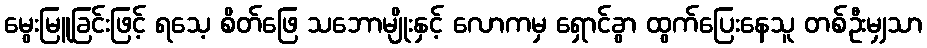
မွေးမြူခြင်းဖြင့် ရသေ့ စိတ်ဖြေ သဘောမျိုးနှင့် လောကမှ ရှောင်ခွာ ထွက်ပြေးနေသူ တစ်ဦးမျှသာ